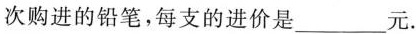
次购进的铅笔，每支的进价是___元.